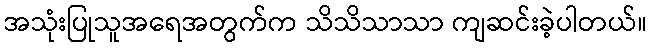
အသုံးပြုသူအရေအတွက်က သိသိသာသာ ကျဆင်းခဲ့ပါတယ်။